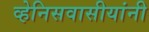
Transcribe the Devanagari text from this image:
व्हेनिसवासीयांनी